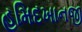
હમિદખાનજી